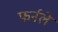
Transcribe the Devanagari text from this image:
फर्नले